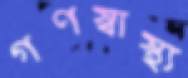
গণস্বাস্থ্য